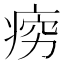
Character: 𪽱